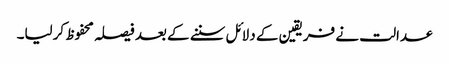
عدالت نے فریقین کے دلائل سننے کے بعد فیصلہ محفوظ کرلیا۔